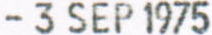
3 SEP 1975